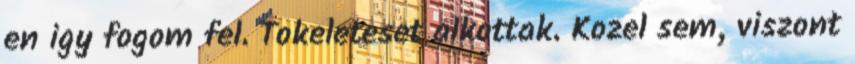
en igy fogom fel. Tokeleteset alkottak. Kozel sem, viszont